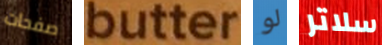
صفحات butter لو سلاتر